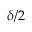
\delta / 2